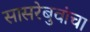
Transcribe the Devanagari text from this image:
सासरेबुवांचा